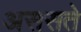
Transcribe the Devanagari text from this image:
अससते